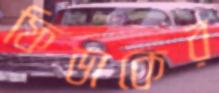
ফিডাকের